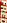
FRED